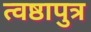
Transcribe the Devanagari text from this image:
त्वष्ठापुत्र